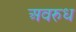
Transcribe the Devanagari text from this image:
अवरुध